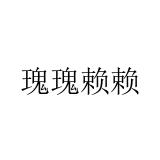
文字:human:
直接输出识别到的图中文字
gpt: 瑰瑰赖赖